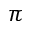
\boldsymbol { \pi }